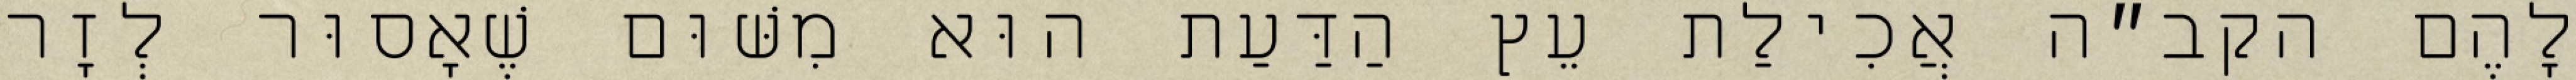
לָהֶם הקב״ה אֲכִילַת עֵץ הַדַּעַת הוּא מִשּׁוּם שֶׁאָסוּר לְזָר